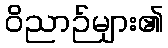
ဝိညာဉ်များ၏